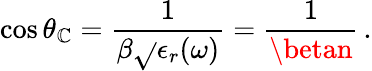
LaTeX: \cos\theta_{\mathbb{C}}=\frac{{1}}{{\beta\sqrt{}{{\epsilon_{r}(\omega)}}}}=\frac{{1}}{{\betan}}\, .